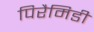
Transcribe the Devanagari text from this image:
पिरैमिडी